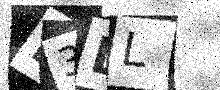
Text: L3DL